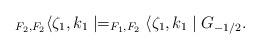
LaTeX: \begin{align*}_{F_2,F_2}\langle \zeta_1,k_1\mid=_{F_1,F_2}\langle\zeta_1,k_1\mid G_{-1/2}.\end{align*}